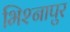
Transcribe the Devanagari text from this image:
भिश्नापुर